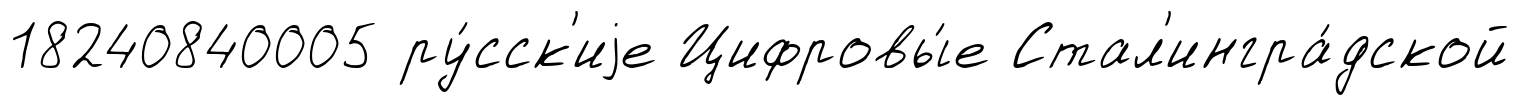
18240840005 ру́сск'иjе Цифровы́е Стал'ингра́дской